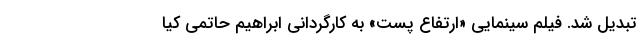
تبدیل شد. فیلم سینمایی «ارتفاع پست» به کارگردانی ابراهیم حاتمی کیا